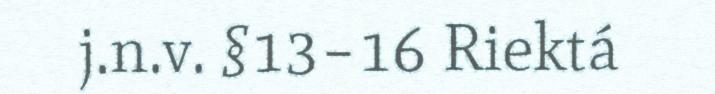
j.n.v. §13–16 Riektá